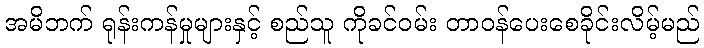
အမိဘက် ရုန်းကန်မှုများနှင့် စည်သူ ကိုခင်ဝမ်း တာဝန်ပေးစေခိုင်းလိမ့်မည်